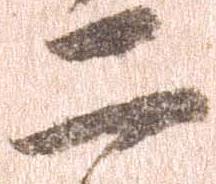
二